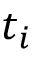
t _ { i }